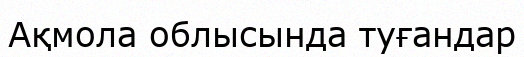
Ақмола облысында туғандар